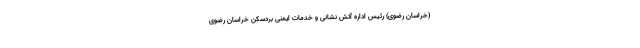
(خراسان رضوی) رئیس اداره آتش نشانی و خدمات ایمنی بردسکن خراسان رضوی